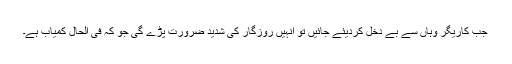
جب کاریگر وہاں سے بے دخل کردیئے جائیں تو انہیں روزگار کی شدید ضرورت پڑے گی جو کہ فی الحال کمیاب ہے۔